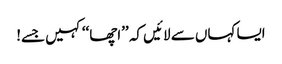
ایسا کہاں سے لائیں کہ ’’اچھا‘‘ کہیں جسے!